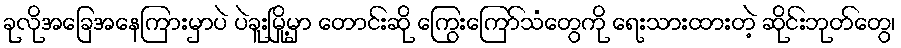
ခုလိုအခြေအနေကြားမှာပဲ ပဲခူးမြို့မှာ တောင်းဆို ကြွေးကြော်သံတွေကို ရေးသားထားတဲ့ ဆိုင်းဘုတ်တွေ၊